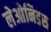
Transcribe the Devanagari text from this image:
लेओनिडस